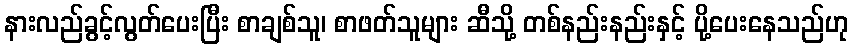
နားလည်ခွင့်လွတ်ပေးပြီး စာချစ်သူ၊ စာဖတ်သူများ ဆီသို့ တစ်နည်းနည်းနှင့် ပို့ပေးနေသည်ဟု